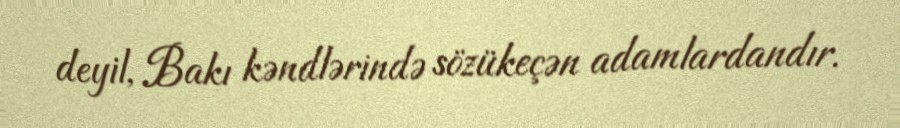
deyil, Bakı kəndlərində sözükeçən adamlardandır.